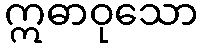
ဣဓာဝုသော